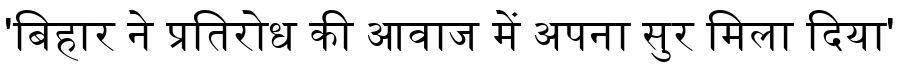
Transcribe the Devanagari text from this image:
'बिहार ने प्रतिरोध की आवाज में अपना सुर मिला दिया'